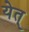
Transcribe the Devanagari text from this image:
येत्